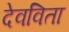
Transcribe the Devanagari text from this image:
देवविता